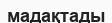
мадақтады